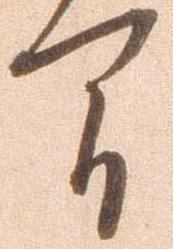
間